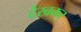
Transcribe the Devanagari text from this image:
देखकर्